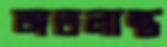
অতলান্ত